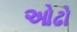
ઓઢો